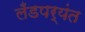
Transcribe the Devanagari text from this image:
लँडपर्यंत